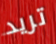
تريد